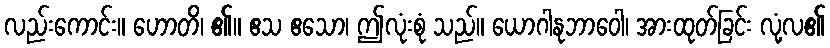
လည်းကောင်း။ ဟောတိ၊ ၏။ ဧသ ဧသော၊ ဤလုံးစုံ သည်။ ယောဂါနုဘာဝေါ၊ အားထုတ်ခြင်း လုံ့လ၏